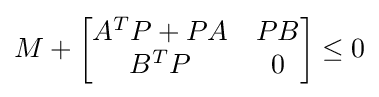
M+\left[{\begin{matrix}A^{T}P+PA&PB\\B^{T}P&0\end{matrix}}\right]\leq 0